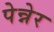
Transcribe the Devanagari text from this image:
पेन्नेर